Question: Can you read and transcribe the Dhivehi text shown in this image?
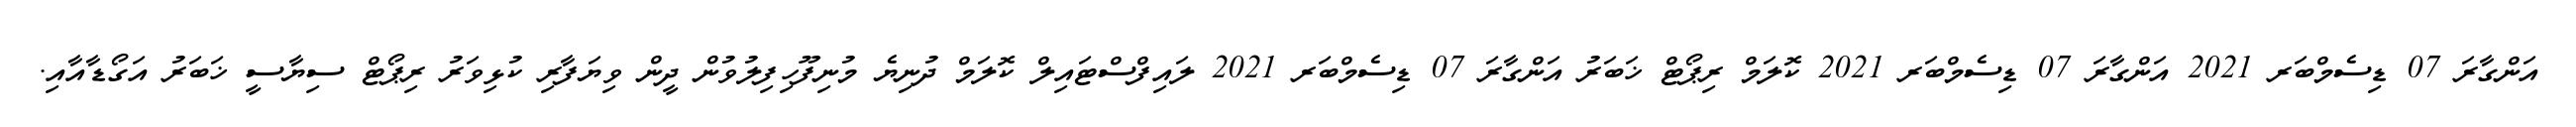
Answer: އަންގާރަ 07 ޑިސެމްބަރ 2021 އަންގާރަ 07 ޑިސެމްބަރ 2021 ކޮލަމް ރިޕޯޓް ޚަބަރު އަންގާރަ 07 ޑިސެމްބަރ 2021 ލައިފްސްޓައިލް ކޮލަމް ދުނިޔެ މުނިފޫހިފިލުވުން ދީން ވިޔަފާރި ކުޅިވަރު ރިޕޯޓް ސިޔާސީ ޚަބަރު އަގޯޑާއާއި.